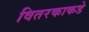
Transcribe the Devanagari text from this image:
वितरकाकडे